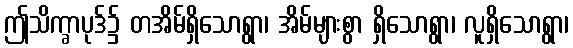
ဤသိက္ခာပုဒ်၌ တအိမ်ရှိသောရွာ၊ အိမ်များစွာ ရှိသောရွာ၊ လူရှိသောရွာ၊